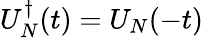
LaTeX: U_{N}^{\dagger}(t)=U_{N}(-t)